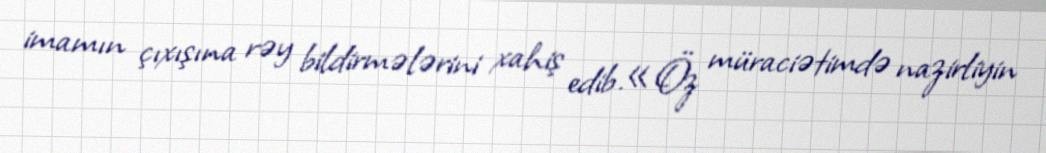
imamın çıxışına rəy bildirmələrini xahiş edib.«Öz müraciətimdə nazirliyin